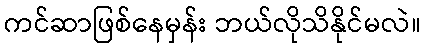
ကင်ဆာဖြစ်နေမှန်း ဘယ်လိုသိနိုင်မလဲ။